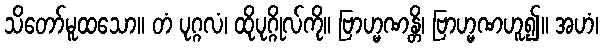
သိတော်မူထသော။ တံ ပုဂ္ဂလံ၊ ထိုပုဂ္ဂိုလ်ကို။ ဗြာဟ္မဏန္တိ၊ ဗြာဟ္မဏဟူ၍။ အဟံ၊